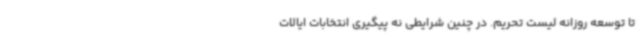
تا توسعه روزانه لیست تحریم. در چنین شرایطی نه پیگیری انتخابات ایالات